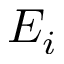
E _ { i }